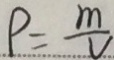
P = \frac { m } { v }